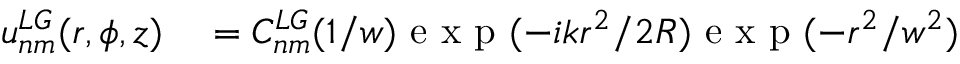
\begin{array} { r l } { u _ { n m } ^ { L G } ( r , \phi , z ) } & { { } = C _ { n m } ^ { L G } ( 1 / w ) \mathrm { ~ e ~ x ~ p ~ } ( - i k r ^ { 2 } / 2 R ) \mathrm { ~ e ~ x ~ p ~ } ( - r ^ { 2 } / w ^ { 2 } ) } \end{array}